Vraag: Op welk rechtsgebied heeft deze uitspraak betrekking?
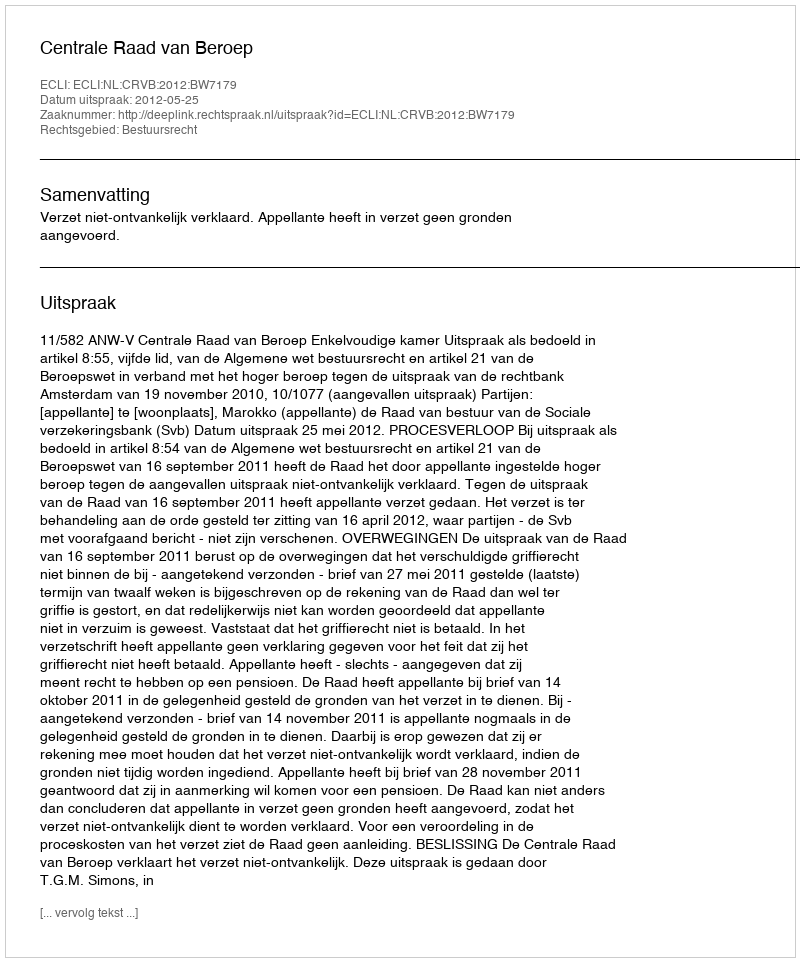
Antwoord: Bestuursrecht